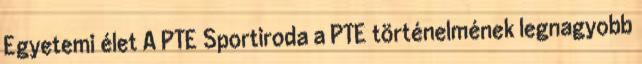
Egyetemi élet A PTE Sportiroda a PTE történelmének legnagyobb